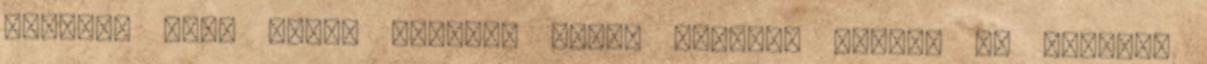
Világa, Atya szent virága: Jézus Virágok virága Te adattál